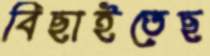
বিছাইতেছ